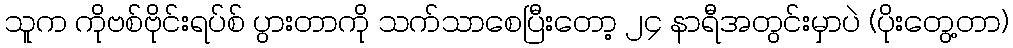
သူက ကိုဗစ်ဗိုင်းရပ်စ် ပွားတာကို သက်သာစေပြီးတော့ ၂၄ နာရီအတွင်းမှာပဲ (ပိုးတွေ့တာ)